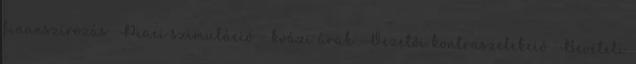
finanszírozás -Piaci szimuláció – kvázi árak -Vezetői kontraszelekció -Bevételi